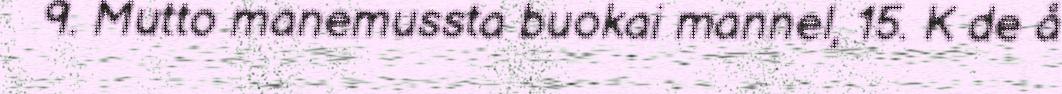
9. Mutto manemussta buokai mannel, 15. K de å